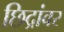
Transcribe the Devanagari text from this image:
छिद्रांवर